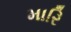
મારિ